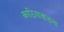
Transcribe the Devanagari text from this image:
काठियावाडला